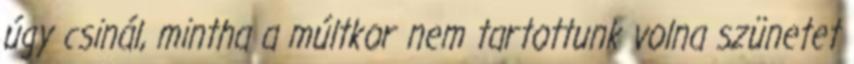
úgy csinál, mintha a múltkor nem tartottunk volna szünetet